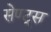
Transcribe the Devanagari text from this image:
सेण्ट्स